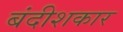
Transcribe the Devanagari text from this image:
बंदीशकार